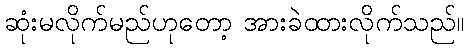
ဆုံးမလိုက်မည်ဟုတော့ အားခဲထားလိုက်သည်။